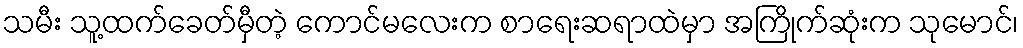
သမီး သူ့ထက်ခေတ်မှီတဲ့ ကောင်မလေးက စာရေးဆရာထဲမှာ အကြိုက်ဆုံးက သုမောင်၊